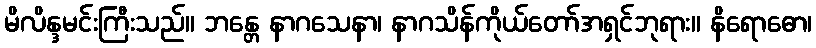
မိလိန္ဒမင်းကြီးသည်။ ဘန္တေ နာဂသေနာ၊ နာဂသိန်ကိုယ်တော်အရှင်ဘုရား။ နိရောဓော၊